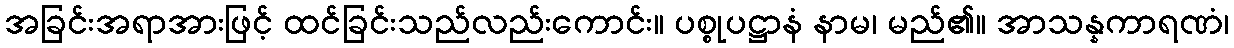
အခြင်းအရာအားဖြင့် ထင်ခြင်းသည်လည်းကောင်း။ ပစ္စုပဋ္ဌာနံ နာမ၊ မည်၏။ အာသန္နကာရဏံ၊